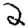
Digit: 2